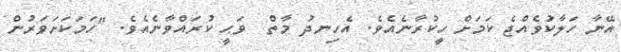
އޭނާ ހަލާކުވެއްޖެ ކަމަށް ހީކުރާނެއެވެ. އެހިނދު މާތް  ވަޙީ ކުރައްވާނެއެވެ. "ހަމަކަށަވަރުން